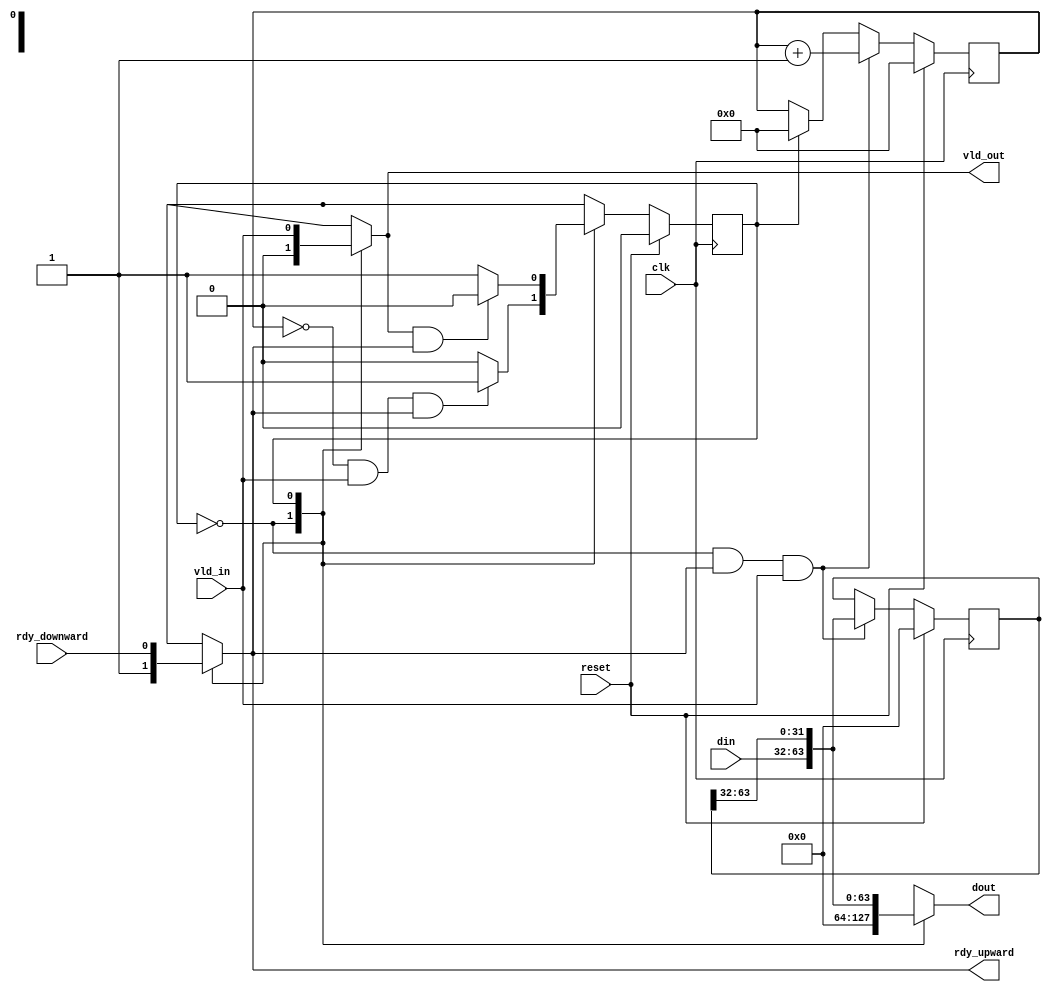
module read_queue#(
    parameter IN_WIDTH = 32,
    parameter OUT_WIDTH = 64,
    localparam MAX = OUT_WIDTH/IN_WIDTH
    ) (
    clk,
    reset,
    din,
    vld_in,
    rdy_upward,
    dout,
    vld_out,
    rdy_downward 
);

parameter SHIFT = 1'b0;
parameter FLUSH = 1'b1;

input                      clk;
input                      reset;
input [IN_WIDTH-1:0]       din;
input                      vld_in;
output reg                 rdy_upward;
output reg [OUT_WIDTH-1:0] dout;
output reg                 vld_out;
input                      rdy_downward;


reg state, next_state;
reg [31:0] cnt;
reg [OUT_WIDTH-1:0] dtmp;

always@(posedge clk) begin
    if(reset) begin
        state <= 1'b0;
    end else begin
        state <= next_state;
    end
end


always@(*) begin
  case (state)
    SHIFT  : begin
               if(cnt == MAX-2 && vld_in == 1 &&rdy_upward == 1) next_state = FLUSH;
               else       next_state = SHIFT;
             end
    FLUSH  : begin
               if(vld_out == 1 && rdy_upward == 1) next_state =SHIFT;
               else           next_state = FLUSH;
             end
    default: begin
                 next_state = SHIFT;
             end
   endcase
end


always@(*) begin
  case (state)
    SHIFT  : begin
               vld_out     = 1'b0;
               rdy_upward  = 1'b1;
               dout        = 0;
             end
    FLUSH  : begin
               vld_out     = vld_in;
               rdy_upward  = rdy_downward;
               dout        = {din, dtmp[OUT_WIDTH-1:IN_WIDTH]};
             end
    default: begin
                vld_out    = 1'b0;
                rdy_upward = 1'b0;
                dout       = 0;
             end
   endcase
end


always@(posedge clk) begin
    if(reset) begin
        dtmp <= 1'b0;
    end else if(state == SHIFT && rdy_upward == 1 && vld_in == 1) begin
        dtmp <= {din, dtmp[OUT_WIDTH-1:IN_WIDTH]};
    end else begin
        dtmp <= dtmp;
    end
end


always@(posedge clk) begin
    if(reset) begin
        cnt <= 1'b0;
    end else if(state == SHIFT && rdy_upward == 1 && vld_in == 1)begin
        cnt <= cnt + 1;
    end else if(state == FLUSH) begin
        cnt <= 0;
    end else begin
        cnt <= cnt;
    end
end












endmodule